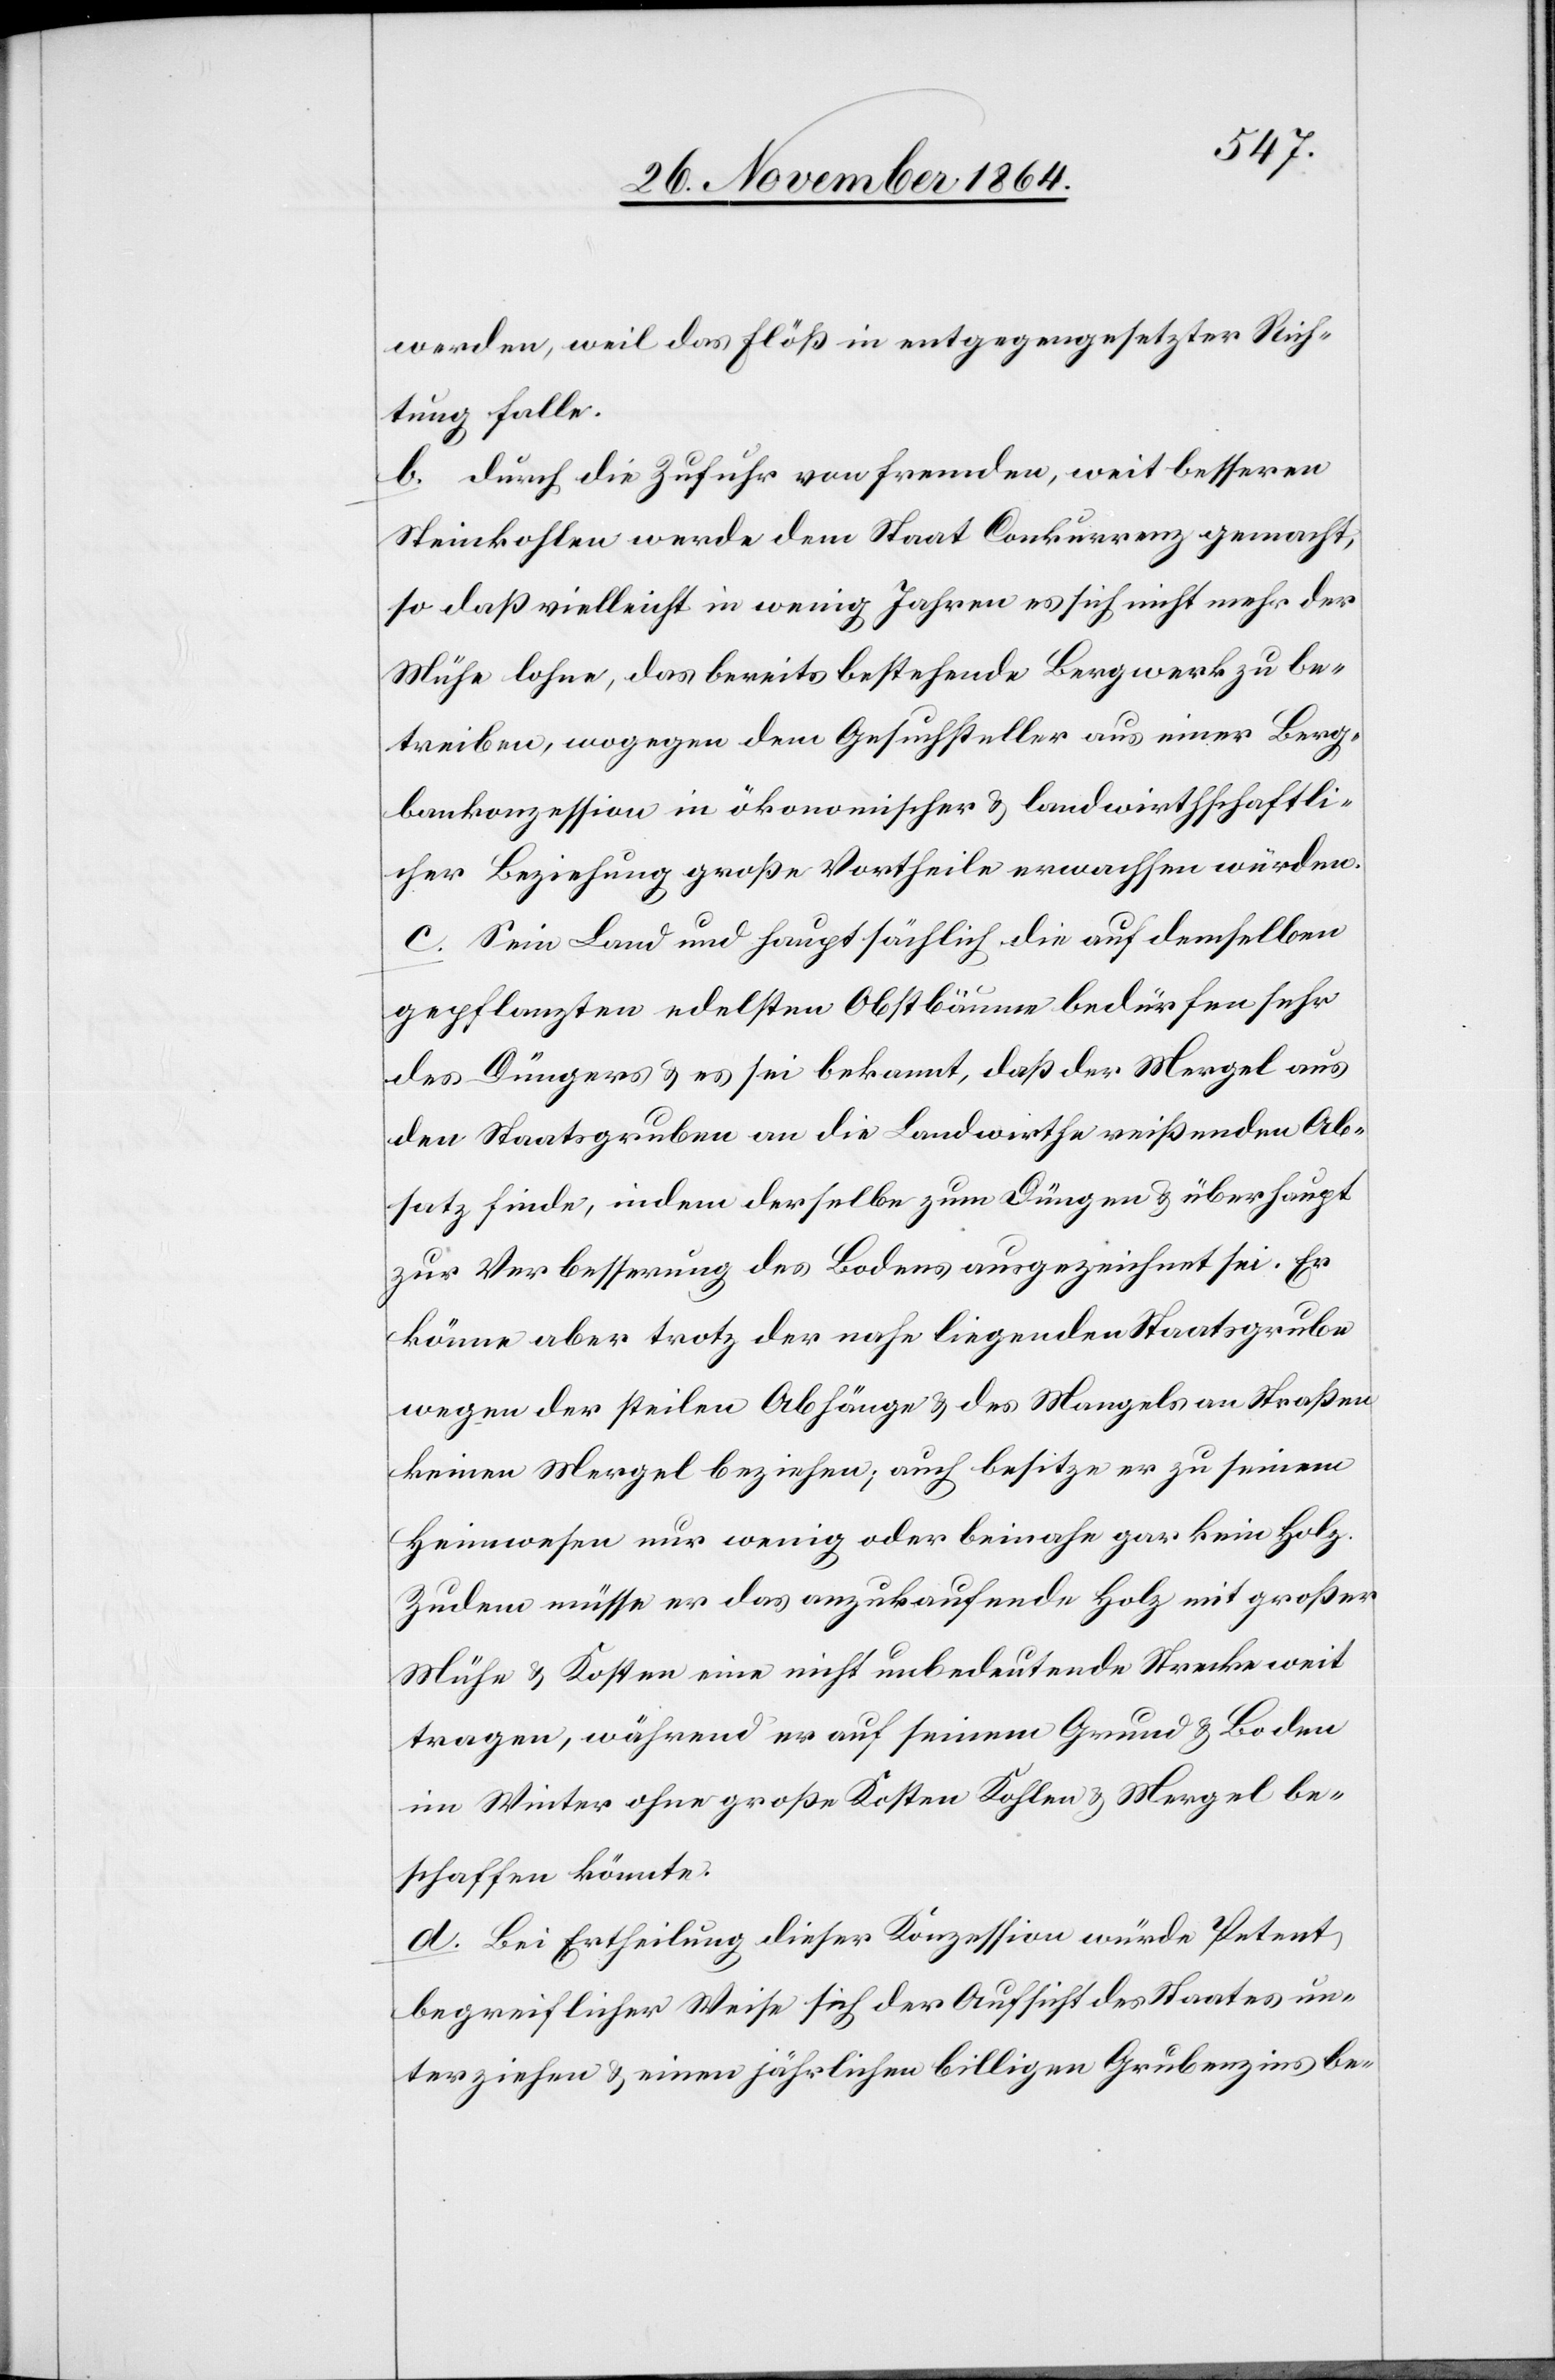
werden, weil das Flöß in entgegengesetzter Rich¬
tung falle.
b. Durch die Zufuhr von fremden, weit besseren
Steinkohlen werde dem Staat Conkurrenz gemacht,
so daß vielleicht in wenig[en] Jahren es sich nicht mehr der
Mühe lohne, das bereits bestehende Bergwerk zu be¬
treiben, wogegen dem Gesuchsteller aus einer Berg¬
baukonzession in ökonomischer & landwirthschaftli¬
cher Beziehung große Vortheile erwachsen würden.
c. Sein Land und hauptsächliche die auf demselben
gepflanzten edelsten Obstbäume bedürfen sehr
des Düngers & es sei bekannt, daß der Mergel aus
den Staatsgruben an die Landwirthe reißenden Ab¬
satz finde, indem derselbe zum Düngen & überhaupt
zur Verbesserung des Bodens ausgezeichnet sei. Er
könne aber trotz der nahe liegenden Staatsgrube
wegen der steilen Abhänge & des Mangels an Straßen
keinen Mergel beziehen; auch besitze er zu seinem
Heimwesen nur wenig oder beinahe gar kein Holz.
Zudem müsse er das anzukaufende Holz mit großer
Mühe & Kosten eine nicht unbedeutende Strecke weit
tragen, während er auf seinem Grund & Boden
im Winter ohne große Kosten Kohlen & Mergel be¬
schaffen könnte.
d. Bei Ertheilung dieser Konzession würde Petent
begreiflicher Weise sich der Aufsicht des Staates un¬
terziehen & einen jährlichen billigen Grubenzins be-